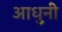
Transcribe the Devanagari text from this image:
आधुनी